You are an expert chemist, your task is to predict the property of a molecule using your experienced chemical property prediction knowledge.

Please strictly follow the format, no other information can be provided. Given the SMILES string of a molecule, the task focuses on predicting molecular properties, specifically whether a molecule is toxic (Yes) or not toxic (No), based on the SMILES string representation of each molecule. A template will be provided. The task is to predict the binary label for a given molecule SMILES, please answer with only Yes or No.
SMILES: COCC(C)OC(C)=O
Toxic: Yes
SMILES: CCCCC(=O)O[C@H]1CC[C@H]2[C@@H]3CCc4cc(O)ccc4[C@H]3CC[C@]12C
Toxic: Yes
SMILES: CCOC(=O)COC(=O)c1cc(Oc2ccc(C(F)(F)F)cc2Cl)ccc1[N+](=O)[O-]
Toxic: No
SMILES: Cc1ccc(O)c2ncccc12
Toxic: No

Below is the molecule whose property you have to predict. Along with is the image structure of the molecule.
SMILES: O=[N+]([O-])c1cccc(C(F)(F)F)c1
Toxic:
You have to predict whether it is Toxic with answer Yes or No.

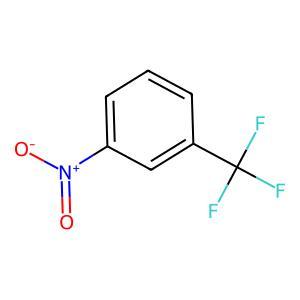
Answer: No